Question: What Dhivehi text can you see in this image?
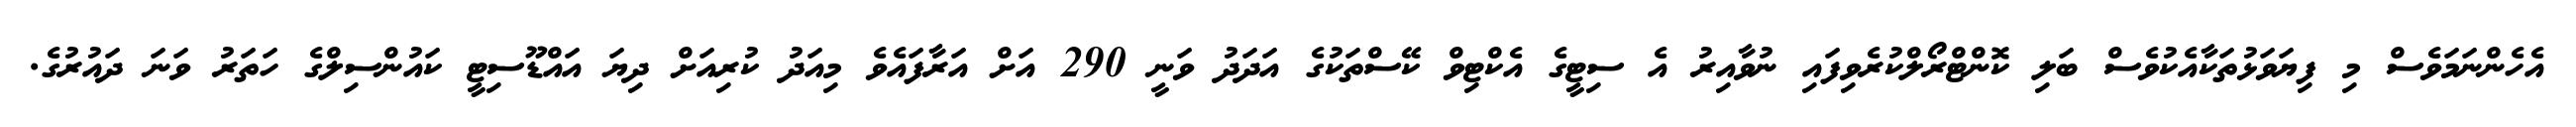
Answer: އެހެންނަމަވެސް މި ފިޔަވަޅުތަކާއެކުވެސް ބަލި ކޮންޓްރޯލްކުރެވިފައި ނުވާއިރު އެ ސިޓީގެ އެކްޓިވް ކޭސްތަކުގެ އަދަދު ވަނީ 290 އަށް އަރާފައެވެ މިއަދު ކުރިއަށް ދިޔަ އައްޑޫސިޓީ ކައުންސިލްގެ ހަތަރު ވަނަ ދައުރުގެ.